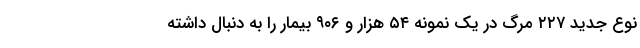
نوع جدید ۲۲۷ مرگ در یک نمونه ۵۴ هزار و ۹۰۶ بیمار را به دنبال داشته